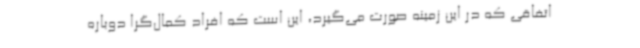
اتفاقی که در این زمینه صورت می‌گیرد، این است که افراد کمال‌گرا دوباره